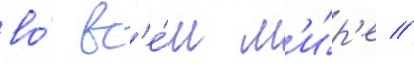
во́ вс'е́м м'и́р'е //